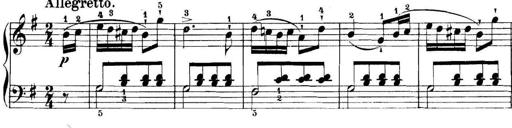
Title: 11 Sonatinas
Composer: Anton Diabelli